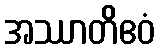
အဿာတိဧဝံ